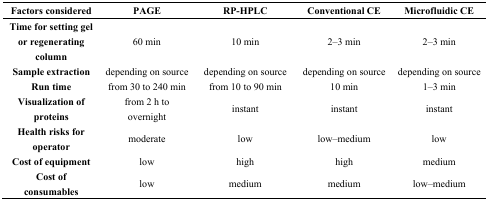
<table><thead><tr><td><b>Factors considered</b></td><td><b>PAGE</b></td><td><b>RP-HPLC</b></td><td><b>Conventional CE</b></td><td><b>Microfluidic CE</b></td></tr></thead><tbody><tr><td><b>Time for setting gel or regenerating column</b></td><td>60 min</td><td>10 min</td><td>2–3 min</td><td>2–3 min</td></tr><tr><td><b>Sample extraction</b></td><td>depending on source</td><td>depending on source</td><td>depending on source</td><td>depending on source</td></tr><tr><td><b>Run time</b></td><td>from 30 to 240 min</td><td>from 10 to 90 min</td><td>10 min</td><td>1–3 min</td></tr><tr><td><b>Visualization of proteins</b></td><td>from 2 h to overnight</td><td>instant</td><td>instant</td><td>instant</td></tr><tr><td><b>Health risks for operator</b></td><td>moderate</td><td>low</td><td>low–medium</td><td>low</td></tr><tr><td><b>Cost of equipment</b></td><td>low</td><td>high</td><td>high</td><td>medium</td></tr><tr><td><b>Cost of consumables</b></td><td>low</td><td>medium</td><td>medium</td><td>low–medium</td></tr></tbody></table>